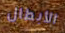
الأبطال